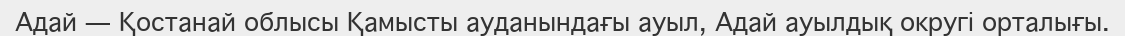
Адай — Қостанай облысы Қамысты ауданындағы ауыл, Адай ауылдық округі орталығы.